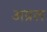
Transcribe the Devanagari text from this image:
अप्रल